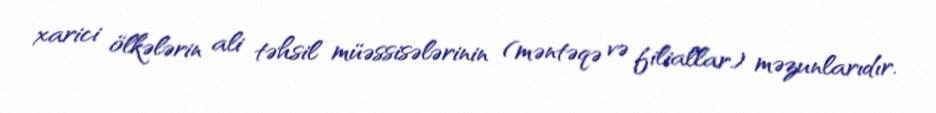
xarici ölkələrin ali təhsil müəssisələrinin (məntəqə və filiallar) məzunlarıdır.